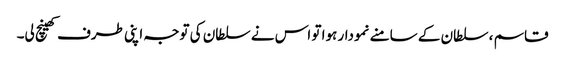
قاسم ، سلطان کے سامنے نمودار ہوا تو اس نے سلطان کی توجہ اپنی طرف کھینچ لی۔